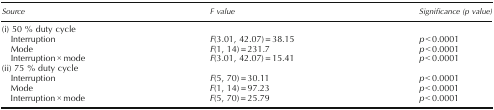
<table><thead><tr><td><b>Source</b></td><td><b><i>F</i> value</b></td><td><b>Significance (<i>p</i> value)</b></td></tr></thead><tbody><tr><td colspan="3">(i) 50 % duty cycle</td></tr><tr><td> Interruption</td><td><i>F</i>(3.01, 42.07) = 38.15</td><td><i>p</i> &lt; 0.0001</td></tr><tr><td> Mode</td><td><i>F</i>(1, 14) = 231.7</td><td><i>p</i> &lt; 0.0001</td></tr><tr><td> Interruption × mode</td><td><i>F</i>(3.01, 42.07) = 15.41</td><td><i>p</i> &lt; 0.0001</td></tr><tr><td colspan="3">(ii) 75 % duty cycle</td></tr><tr><td> Interruption</td><td><i>F</i>(5, 70) = 30.11</td><td><i>p</i> &lt; 0.0001</td></tr><tr><td> Mode</td><td><i>F</i>(1, 14) = 97.23</td><td><i>p</i> &lt; 0.0001</td></tr><tr><td> Interruption × mode</td><td><i>F</i>(5, 70) = 25.79</td><td><i>p</i> &lt; 0.0001</td></tr></tbody></table>